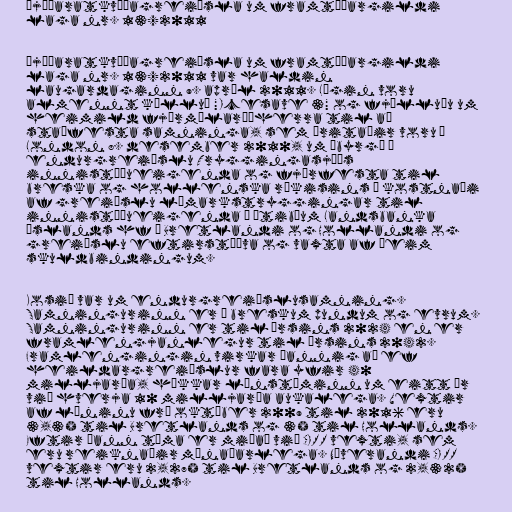
Þjóðaratkvæðagreiðsla um framtíðargildi
laga nr. 13/2011

Þjóðaratkvæðagreiðsla um framtíðargildi
laga nr. 13/2011 var haldin
laugardaginn 9. apríl 2011. Lögin voru
almennt kölluð "Icesave 3" og fjölluðu um
heimild fjármálaráðherra til að
staðfesta samninga, sem áritaðir voru í
London 8. desember 2010, um ábyrgð á
endurgreiðslu Tryggingasjóðs
innistæðueigenda og fjárfesta til
breska og hollenska ríkisins á kostnaði
af greiðslu lámarkstryggingar til
innistæðueigenda í útibúum Landsbanka
Íslands hf í Bretlandi og Hollandi og
greiðslu eftirstöðva og vaxta af þeim
skuldbindingum.

Kosið var um endurgreiðslusamning.
Samningurinn er í breskum pundum og evrum.
Samningurinn er til ársins 2024 en er
framlengjanlegur til ársins 2042.
Framlengingin virkar þannig að ef
heildargreiðslur fara yfir 40
milljarða, hækkar lánstíminn um eitt ár
við hverja 10 milljarða aukalega. Vextir
af láninu frá október 2009 til 2016 eru
3,3% til Bretlands og 3% til Hollands.
Eftir þann tíma er miðað við CIRR vexti, sem
eru reiknaðir mánaðarlega. Núverandi CIRR
vextir eru 2,27% til Bretlands og 2,32%
til Hollands.